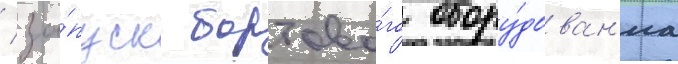
/ за́пуск бортово́го обору́дован'иа